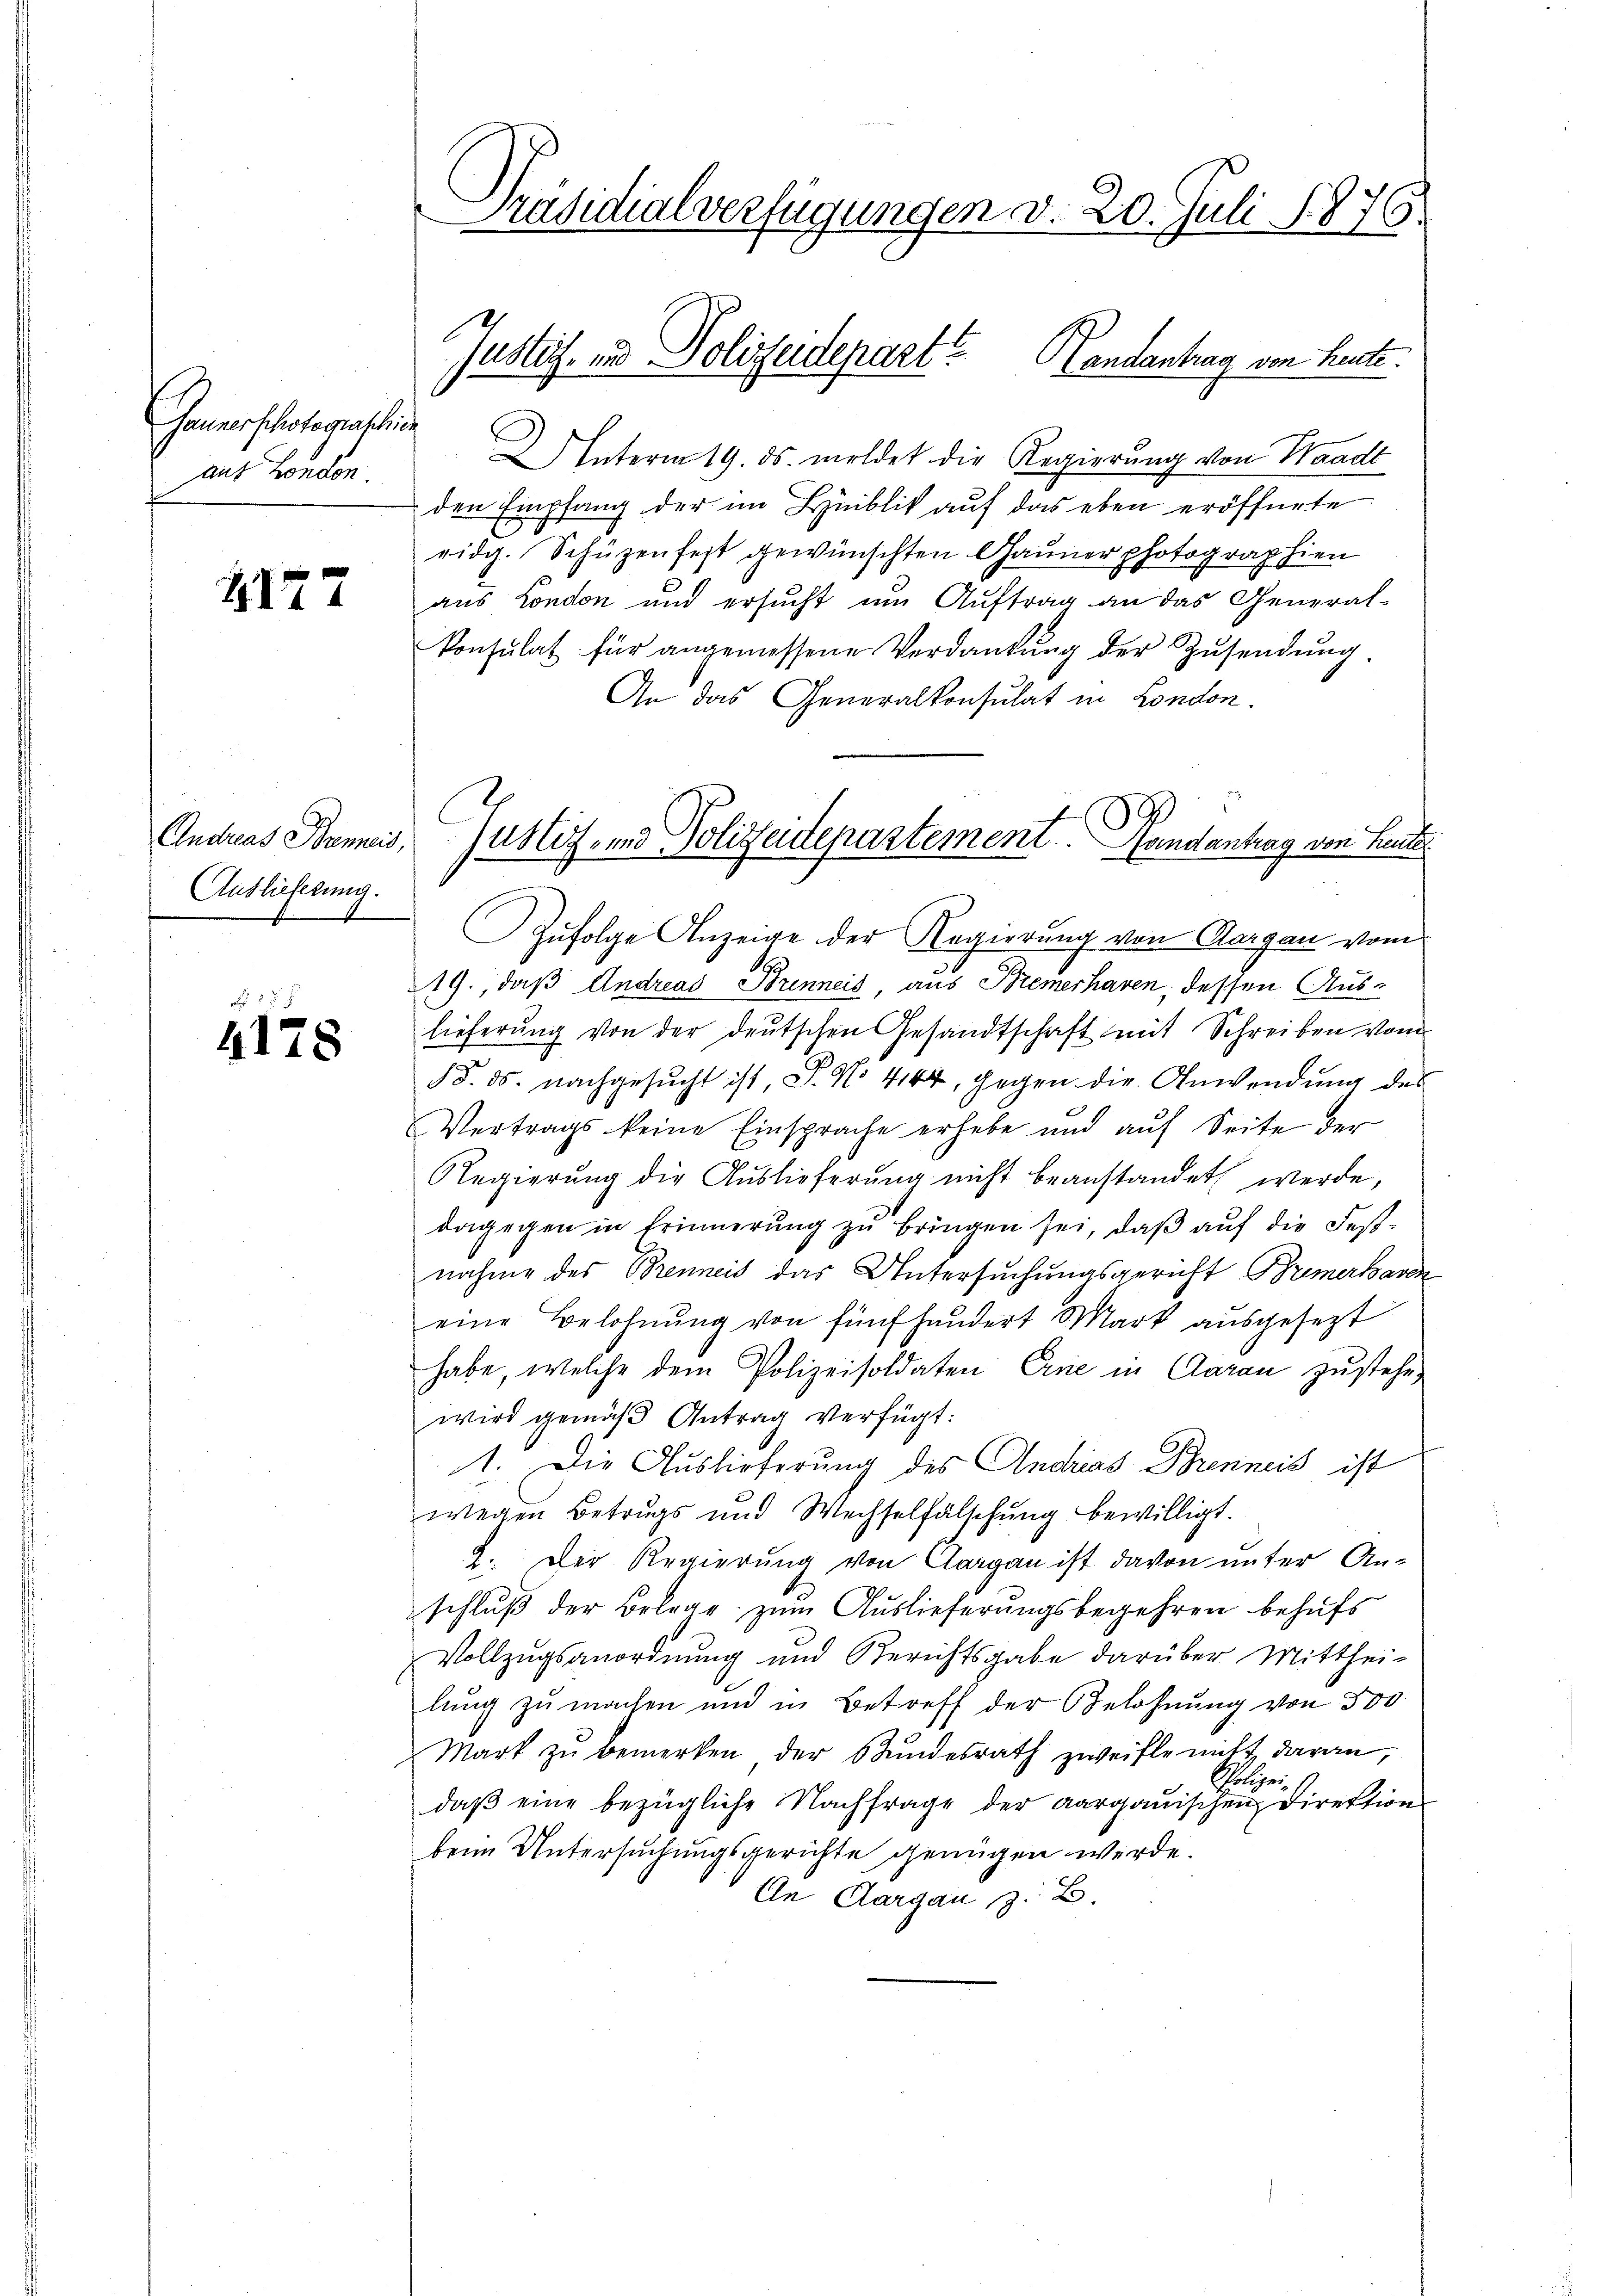
Gaunerschotograschien
aus London

1177

Andreas Bremeis,
Auslieferung.

4178

Präsidialverfügungen d. 20. Juli 1876.
.

Justiz- und Polizeidepart

Handantrag von heute.
Unterm 19. ds. meldet die Regierung von Waadt
den Empfang der im Hiblik auf das eben eröffnete
ridg. Schüzenfest gewünschten Gauner photographien
aus London und ersucht um Auftrag an das General-
konsulat für angemessene Verdankŭng der Zŭsendŭng
An das Generalkonsulat in London.
Zufolge Anzeige der Regierung von Aargau vom
19., daß Andreas Brenneis, aus Bremerhaven, dessen Auslieferung von der deutschen Gesandtschaft mit Schreiben vom
§ §. ds. nachgesucht ist, S. No 464, gegen die Anwendung des
Vertrags keine Einsprache erhebe und aŭf Seite der
Regierung die Auslieferung nicht beanstandet werde,
dagegen in Erinnerung zŭ bringen sei, daß auf die Festnahme des Brenneis das Untersuchungsgericht Bremerbaren
eine Belohnŭng von fünfhundert Mark ausgesezt
habe, welche dem Polizeisoldaten Eine in Garan zustehe,
wird gemäβ Antrag verfügt:
1. Die Auslieferung des Andrias Brenneis ist
wegen Betrugs und Wechselfälschung bewilligt.
2. Der Regierung von Clargau ist davon unter Anschluß der Belage zum Auslieferungsbegehren behufs
Vollzugsanordnung und Berichtsgabe darüber Mitthei-
lung zu machen und in Betreff der Belohnung von 300
Mark zu bemerken der Stundesrath zweifle nitt, daran,
Polizeidaβ eine bezügliche Nachfrage der aargauischen Direktion
beim Untersuchungsgerichte genügen werde.
An Aargau z. B.

Justiz- und Polizeidepartement. Handantrag von Heute